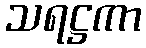
သရဋ္ဌကာ